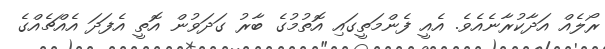
ރޯލެއް އަދާކުރާނެއެވެ. އެއީ ފެންމަތީގައި އޮތުމުގެ ބާރު ގަދަވުން އޮތީ އެފަދަ އެއްޗެއްގެ